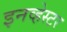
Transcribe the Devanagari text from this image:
इनव्हेस्टर